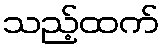
သည့်ထက်